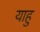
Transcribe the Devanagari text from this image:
याहु